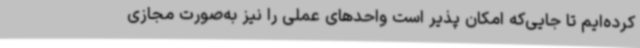
کرده‌ایم تا جایی‌که امکان پذیر است واحدهای عملی را نیز به‌صورت مجازی